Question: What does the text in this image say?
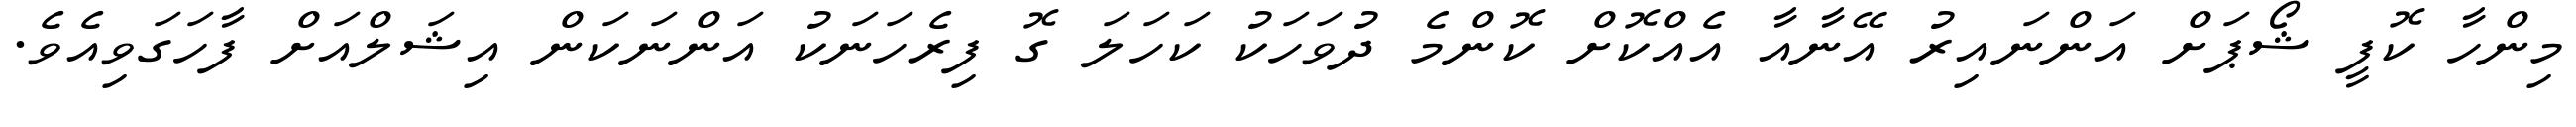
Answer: މިންހާ ކޮފީ ޝޯޕަށް އަންނައިރު އޭނާއާ އެއްކޮށް ކޮންމެ ދުވަހަކު ކަހަލަ ގޮ ފިރެހަނަކު އަންނަކަން އިޝަލްއަށް ފާހަގަވިއެވެ.